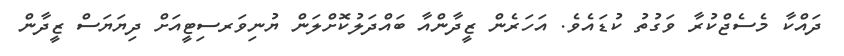
ދައްކާ މެސެޖްކުރާ ވަގުތު ކުޑައެވެ. އަހަރެން ޒީދާންއާ ބައްދަލުކޮށްލަން ޔުނިވަރސިޓީއަށް ދިޔަޔަސް ޒީދާން